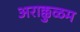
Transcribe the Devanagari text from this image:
अराक्कुळम